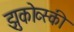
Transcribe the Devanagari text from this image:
झुकोव्स्की